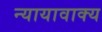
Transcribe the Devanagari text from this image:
न्यायावाक्य